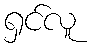
ရှင်လူ